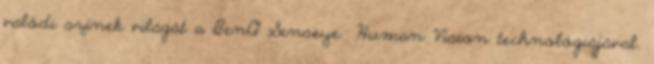
valódi színek világát a BenQ Senseye® Human Vision technológiájával.